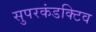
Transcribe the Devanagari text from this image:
सुपरकंडक्टिव